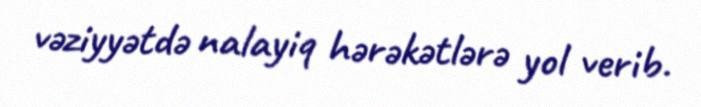
vəziyyətdə nalayiq hərəkətlərə yol verib.